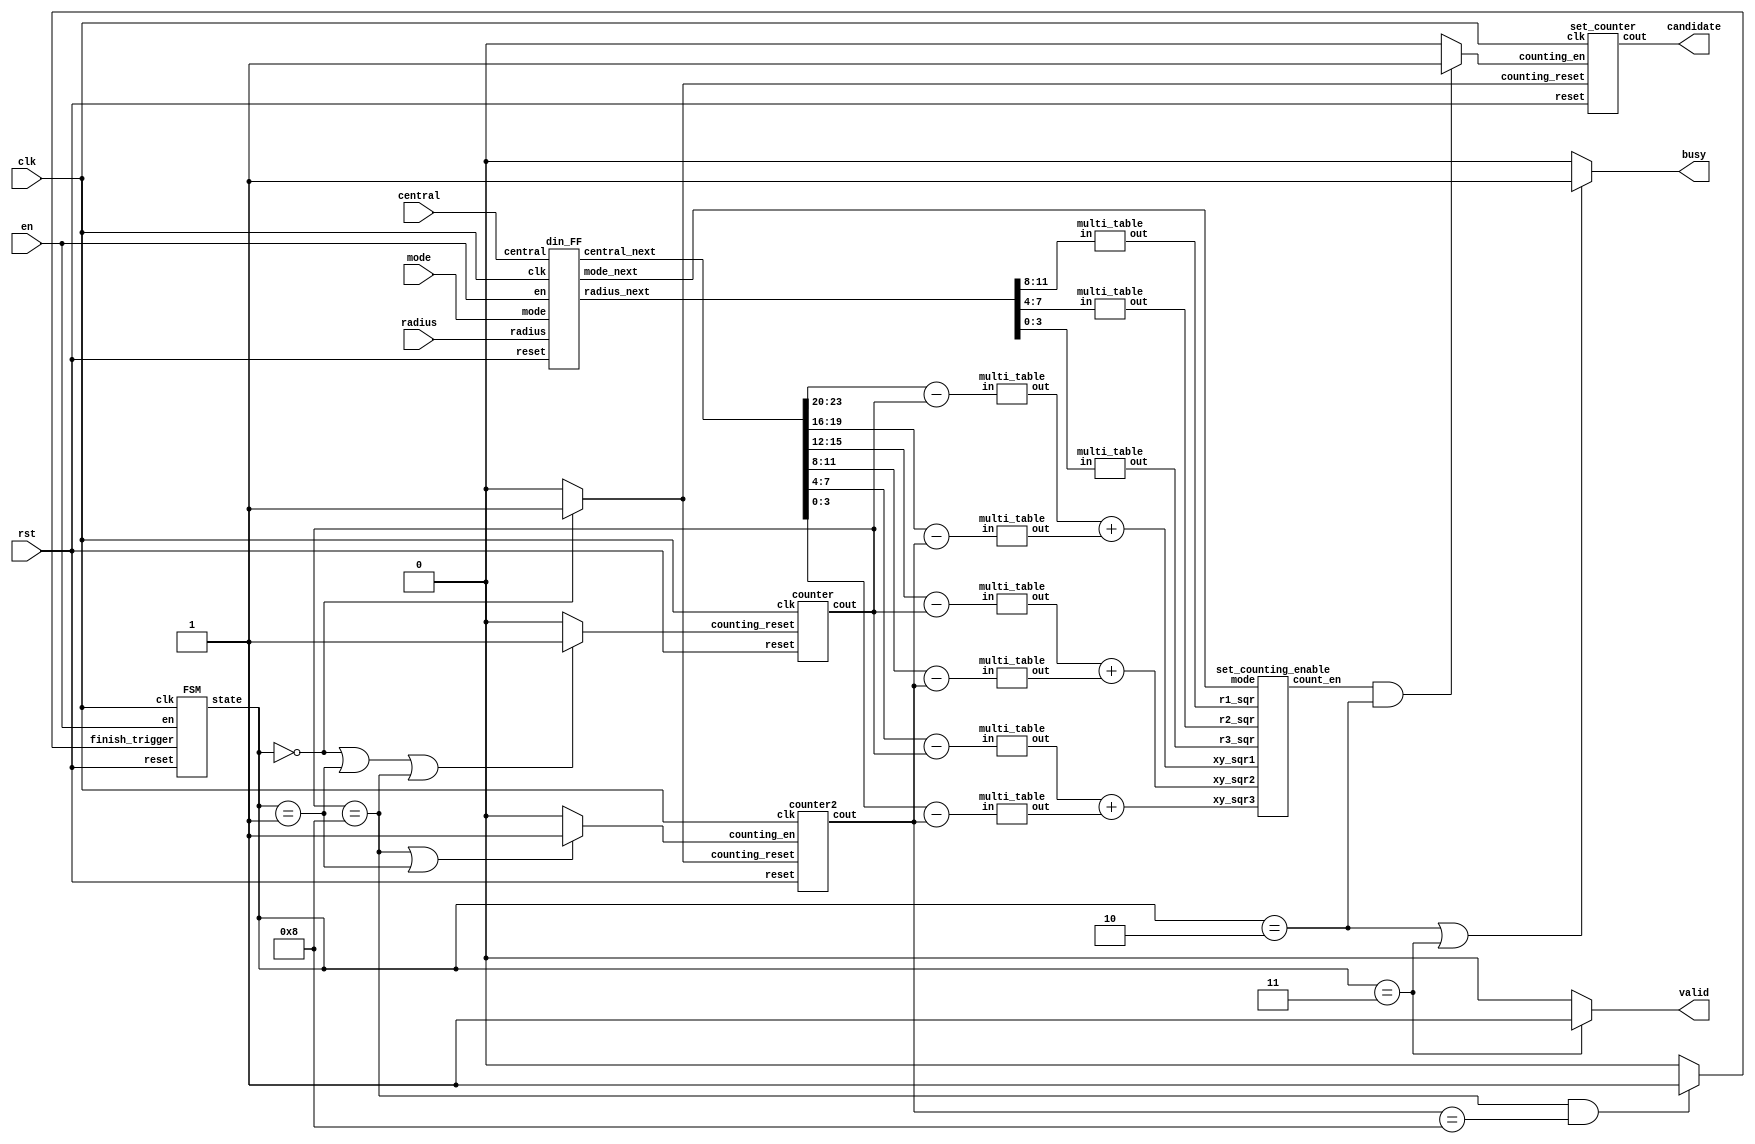
module SET (clk ,rst, en,central,radius, mode, busy, valid, candidate);
input clk;
input rst;
input en;
input [23:0] central;
input [11:0] radius;
input [1:0]mode;
output busy;
output valid;
output [7:0]candidate;
wire clk,rst,en,busy,valid;
wire counting_reset_x_next,counting_reset_y_next,finish_trigger,counting_reset,counting_en_y_next;
wire counting_en,counting_reset_x,counting_reset_y,counting_en_y;
wire [23:0] central,central_next;
wire [11:0] radius,radius_next;
wire [1:0] mode,mode_next;
wire [3:0] x_diff1,y_diff1,x_diff2,y_diff2,x_diff3,y_diff3,radius1,radius2,radius3,cout_x,cout_y;
wire [3:0] x1,x2,x3,y1,y2,y3;
wire [7:0] x_diff1_out,y_diff1_out,x_diff2_out,y_diff2_out,x_diff3_out,y_diff3_out,xy_sqr1,xy_sqr2,xy_sqr3;
wire [7:0] r1_sqr,r2_sqr,r3_sqr;
wire [7:0] candidate;
wire [1:0] state;
wire counting_en_set;
parameter S0=2'b00,S1=2'b01,S2=2'b10,S3=2'b11;

din_FF din_FF1 (clk,rst,en,central_next,radius_next,mode_next,central,radius,mode);
//FF FF1 (clk,rst,counting_reset_x_next,counting_reset_y_next,counting_en_y_next,counting_reset_x,counting_reset_y,counting_en_y);
set_counting_enable SCE (xy_sqr1,xy_sqr2,xy_sqr3,r1_sqr,r2_sqr,r3_sqr,mode_next,counting_en);
FSM FSM1 (clk,rst,finish_trigger,en,state);

multi_table MT1 (x_diff1,x_diff1_out);
multi_table MT2 (y_diff1,y_diff1_out);
multi_table MT3 (x_diff2,x_diff2_out);
multi_table MT4 (y_diff2,y_diff2_out);
multi_table MT5 (x_diff3,x_diff3_out);
multi_table MT6 (y_diff3,y_diff3_out);
multi_table MT7 (radius1,r1_sqr);
multi_table MT8 (radius2,r2_sqr);
multi_table MT9 (radius3,r3_sqr);

counter counter_x (clk,rst,counting_reset_x,cout_x);
counter2 counter_y (clk,rst,counting_reset_y,counting_en_y,cout_y);
set_counter SC (clk,rst,counting_reset,counting_en_set,candidate);

assign x1 = central_next[23:20];
assign y1 = central_next[19:16];
assign x2 = central_next[15:12];
assign y2 = central_next[11:8];
assign x3 = central_next[7:4];
assign y3 = central_next[3:0];
assign x_diff1 = x1-cout_x;
assign y_diff1 = y1-cout_y;
assign x_diff2 = x2-cout_x;
assign y_diff2 = y2-cout_y;
assign x_diff3 = x3-cout_x;
assign y_diff3 = y3-cout_y;
assign xy_sqr1 = x_diff1_out+y_diff1_out;
assign xy_sqr2 = x_diff2_out+y_diff2_out;
assign xy_sqr3 = x_diff3_out+y_diff3_out;
assign radius1 = radius_next[11:8];
assign radius2 = radius_next[7:4];
assign radius3 = radius_next[3:0];
//assign counting_reset_x_next = ((state==S0)||(state==S1)||(cout_x==4'b1000))?1'b1:1'b0;
assign counting_reset_x = ((state==S0)||(state==S1)||(cout_x==4'b1000))?1'b1:1'b0;
//assign counting_reset_y_next = ((state==S0)||(state==S1))?1'b1:1'b0;
assign counting_reset_y = ((state==S0))?1'b1:1'b0;
assign counting_reset = (state==S0)?1'b1:1'b0;
//assign counting_en_y_next = (cout_x==4'b1000)?1'b1:1'b0;
assign counting_en_y = ((cout_x==4'b1000)||(state==S1))?1'b1:1'b0;
assign finish_trigger = ((cout_x==4'b1000)&&(cout_y==4'b1000))?1'b1:1'b0;
assign busy = ((state==S2)||(state==S3))?1'b1:1'b0;
assign valid = (state==S3)?1'b1:1'b0;
assign counting_en_set = ((counting_en)&&(state==S2))?1'b1:1'b0;
endmodule
///////////////////////////////////////////
module din_FF(clk,reset,en,central_next,radius_next,mode_next,central,radius,mode);
input clk,reset,en;
input [23:0] central;
input [11:0] radius;
input [1:0] mode;
output [23:0] central_next;
output [11:0] radius_next;
output [1:0] mode_next;
reg [23:0] central_next;
reg [11:0] radius_next;
reg [1:0] mode_next;
always @ (posedge clk or posedge reset) begin
	if (reset) begin
		central_next<=24'd0;
		radius_next<=12'd0;
		mode_next<=2'd0;
	end
	else if (en) begin
		central_next<=central;
		radius_next<=radius;
		mode_next<=mode;
	end
end
endmodule 
///////////////////////////////////////////////
/*
module FF(clk,reset,counting_reset_x_next,counting_reset_y_next,counting_en_y_next,counting_reset_x,counting_reset_y,counting_en_y);
input clk,reset,counting_reset_x_next,counting_reset_y_next,counting_en_y_next;
output counting_reset_x,counting_reset_y,counting_en_y;
reg counting_reset_x,counting_reset_y,counting_en_y;
always @ (posedge clk or posedge reset) begin
	if (reset) begin
		counting_reset_x<=1'b0;
		counting_reset_y<=1'b0;
		counting_en_y<=1'b0;
	end
	else  begin
		counting_reset_x<=counting_reset_x_next;
		counting_reset_y<=counting_reset_y_next;
		counting_en_y<=counting_en_y_next;
	end
end
endmodule 
///////////////////////////////////////////////
*/
module set_counting_enable(xy_sqr1,xy_sqr2,xy_sqr3,r1_sqr,r2_sqr,r3_sqr,mode,count_en);
input [7:0] xy_sqr1,xy_sqr2,xy_sqr3,r1_sqr,r2_sqr,r3_sqr;
input [1:0] mode;
output count_en;
reg count_en;
parameter S0=2'b00,S1=2'b01,S2=2'b10,S3=2'b11;
assign xy_inside1 = (xy_sqr1<=r1_sqr)?1'b1:1'b0;
assign xy_inside2 = (xy_sqr2<=r2_sqr)?1'b1:1'b0;
assign xy_inside3 = (xy_sqr3<=r3_sqr)?1'b1:1'b0;
always @ (*) begin
	case (mode)
		S0:if (xy_inside1) begin
			count_en = 1'b1;
			end
			else begin
			count_en = 1'b0;
			end
		S1:if (xy_inside1&&xy_inside2) begin
			count_en = 1'b1;
			end
			else begin
			count_en = 1'b0;
			end
		S2:if ((xy_inside1||xy_inside2)&&(~(xy_inside1&&xy_inside2))) begin
			count_en = 1'b1;
			end
			else begin
			count_en = 1'b0;
			end
		S3:if (((xy_inside1&&xy_inside2)||(xy_inside2&&xy_inside3)||(xy_inside1&&xy_inside3))&&(~(xy_inside1&&xy_inside2&&xy_inside3))) begin
			count_en = 1'b1;
			end
			else begin
			count_en = 1'b0;
			end
		default:count_en = 1'b0;
	endcase
end
endmodule
///////////////////////////////////////////////
module FSM(clk,reset,finish_trigger,en,state);
input clk,reset,finish_trigger,en;
output [1:0] state;
reg [1:0] state,next_state;
parameter S0=2'b00,S1=2'b01,S2=2'b10,S3=2'b11;

always @(posedge clk) begin
	if (reset) begin
		state<=S0;
	end
	else begin
		state<=next_state;
	end
end

always @(*) begin
	case (state)
		S0:if (en) begin
				next_state<=S1;
			end
			else begin
				next_state<=S0;
			end
		S1:if (!en) begin				//input data
				next_state<=S2;
			end
			else begin
				next_state<=S1;
			end
		S2:if (finish_trigger) begin	//busy pull up 
				next_state<=S3;
			end
			else begin
				next_state<=S2;
			end
		S3:	next_state<=S0;				//busy & valid pull up			
		default:next_state<=S0;
	endcase
end
endmodule
///////////////////////////////////////////////
module multi_table (in,out);
input [3:0] in;
output [7:0] out;
reg [7:0] out;
parameter S0=4'd0,S1=4'd1,S2=4'd2,S3=4'd3,S4=4'd4,S5=4'd5,S6=4'd6,S7=4'd7,S8=4'd8,S9=4'b1111,S10=4'b1110,S11=4'b1101,S12=4'b1100,S13=4'b1011,S14=4'b1010,S15=4'b1001,S16=4'b1000;
always @(*) begin
	case (in)
		S0:out = 8'd0;
		S1:out = 8'd1;
		S9:out = 8'd1;
		S2:out = 8'd4;
		S10:out = 8'd4;
		S3:out = 8'd9;
		S11:out = 8'd9;
		S4:out = 8'd16;
		S12:out = 8'd16;
		S5:out = 8'd25;
		S13:out = 8'd25;
		S6:out = 8'd36;
		S14:out = 8'd36;
		S7:out = 8'd49;
		S15:out = 8'd49;
		S8:out = 8'd64;
		S16:out = 8'd64;
		default:out = 8'd0;
	endcase
end
endmodule
/////////////////////////////////////////////////
module counter(clk,reset,counting_reset,cout);
input clk,reset,counting_reset;
output [3:0] cout;
reg [3:0] cout;
always @ (posedge clk or posedge reset) begin
	if (reset) begin
		cout<=4'd1;
	end
	else if (counting_reset) begin
		cout<=4'd1;
	end
	else begin
		cout<=cout+4'd1;
	end
end
endmodule
//////////////////////////////////////////////////
module counter2(clk,reset,counting_reset,counting_en,cout);
input clk,reset,counting_reset,counting_en;
output [3:0] cout;
reg [3:0] cout;
always @ (posedge clk or posedge reset) begin
	if (reset) begin
		cout<=4'd0;
	end
	else if (counting_reset) begin
		cout<=4'd0;
	end
	else if (counting_en) begin
		cout<=cout+4'd1;
	end
end
endmodule
//////////////////////////////////////////////////
module set_counter(clk,reset,counting_reset,counting_en,cout);
input clk,reset,counting_en,counting_reset;
output [7:0] cout;
reg [7:0] cout;
always @ (posedge clk or posedge reset) begin
	if (reset) begin
		cout<=8'd0;
	end
	else if (counting_reset) begin
		cout<=8'd0;
	end
	else if (counting_en)begin
		cout<=cout+8'd1;
	end
end
endmodule